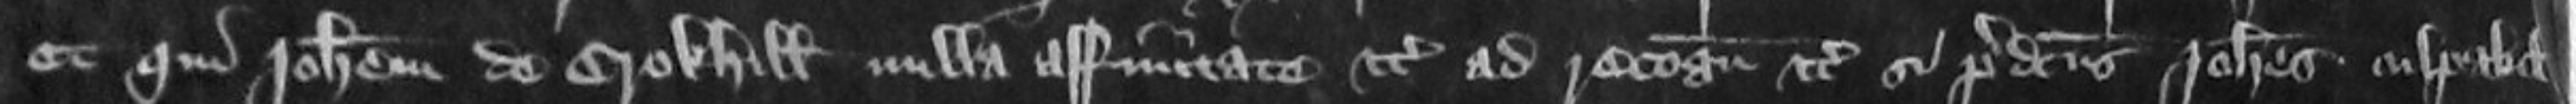
et qui Johannem de Crokhill nulla affirmitate etc Ad recognoscendum etc si predictus Johannes culpabilis